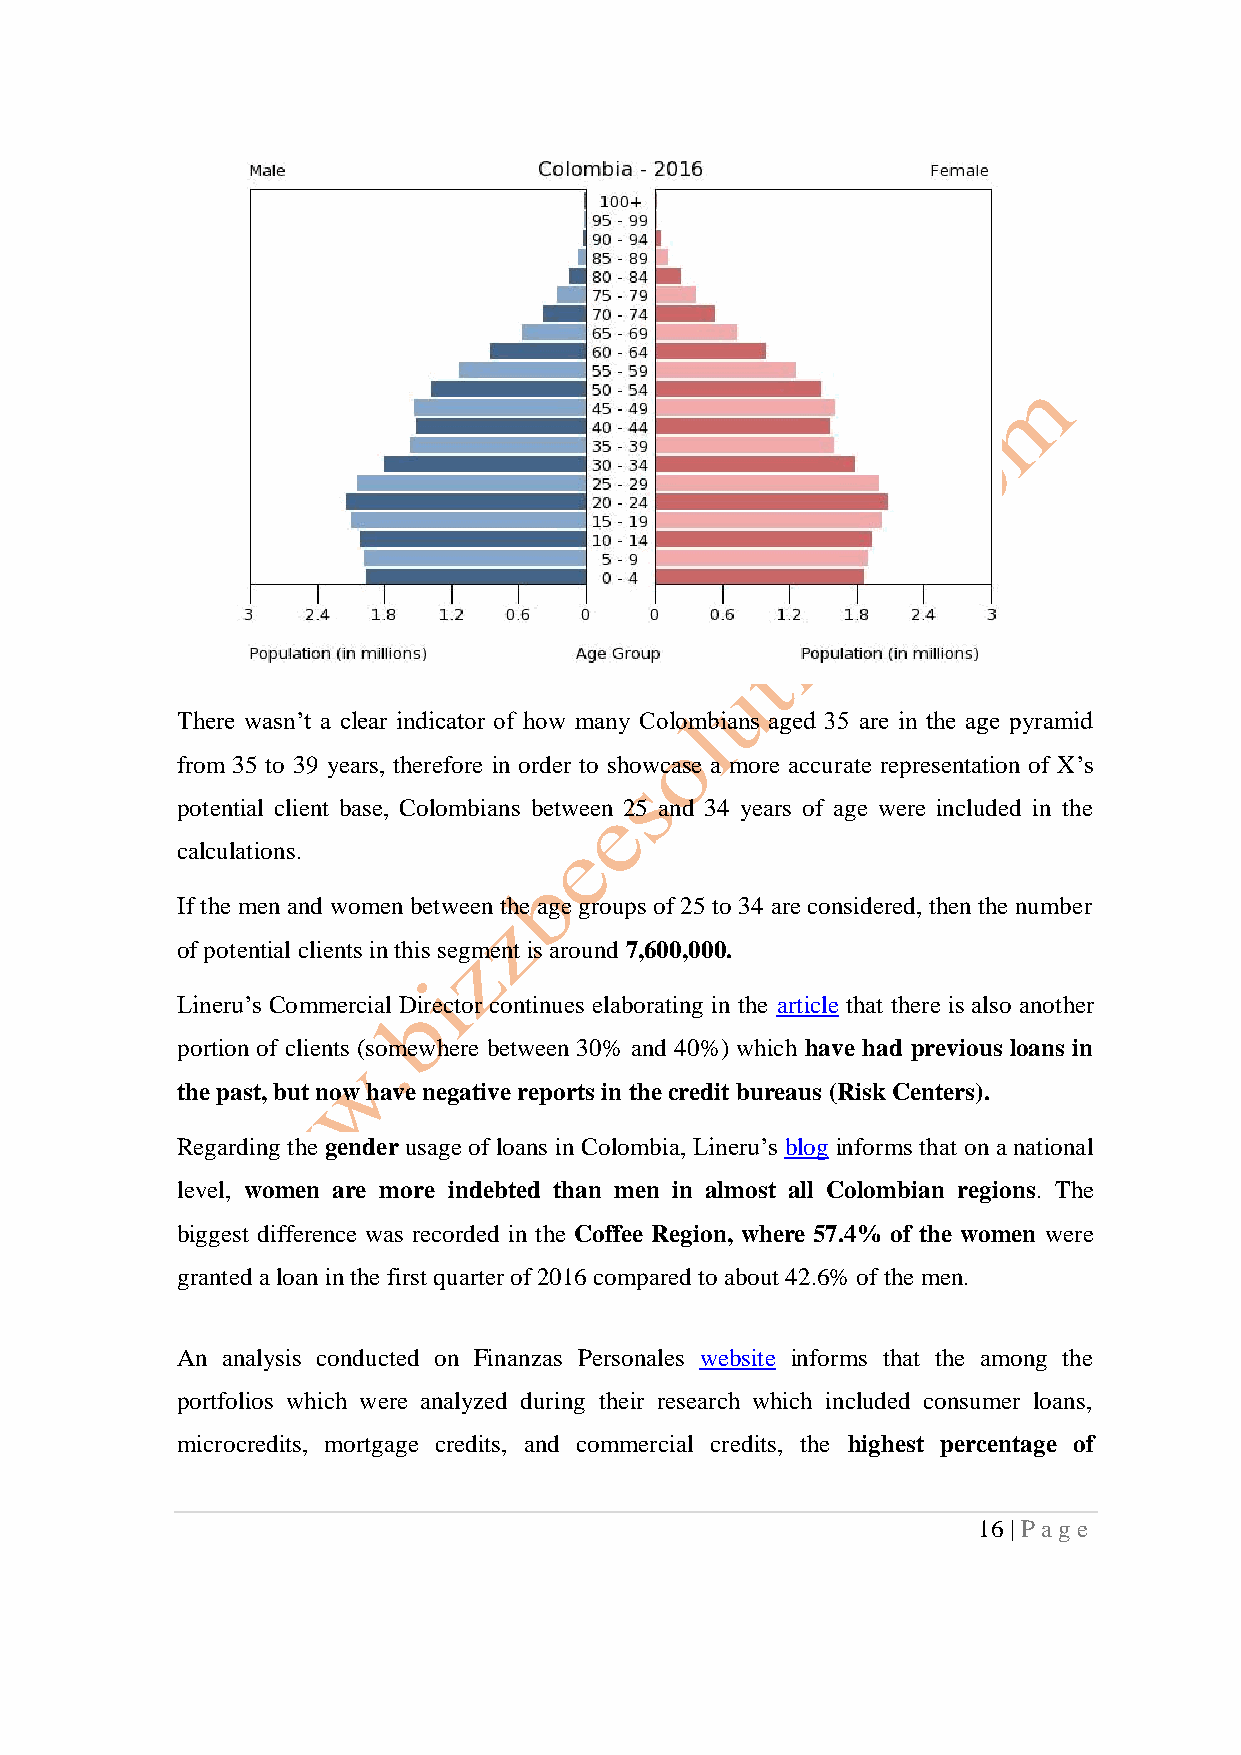
There wasn’t a clear indicator of how many Colombians aged 35 are in the age pyramid
 from 35 to 39 years, therefore in order to showcase a more accurate representation of X’s
 potential client base, Colombians between 25 and 34 years of age were included in the
 calculations.
 If the men and women between the age groups of 25 to 34 are considered, then the number
 of potential clients in this segment is around 7,600,000.
 Lineru’s Commercial Director continues elaborating in the article that there is also another
 portion of clients (somewhere between 30% and 40%) which have had previous loans in
 the past, but now have negative reports in the credit bureaus (Risk Centers).
 Regarding the gender usage of loans in Colombia, Lineru’s blog informs that on a national
 level, women are more indebted than men in almost all Colombian regions. The
 biggest difference was recorded in the Coffee Region, where 57.4% of the women were
 granted a loan in the first quarter of 2016 compared to about 42.6% of the men.
 An analysis conducted on Finanzas Personales website informs that the among the
 portfolios which were analyzed during their research which included consumer loans,
 microcredits, mortgage credits, and commercial credits, the highest percentage of
 16 | P ag e